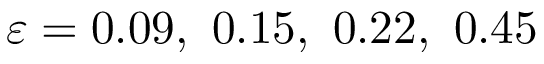
\varepsilon = 0 . 0 9 , \ 0 . 1 5 , \ 0 . 2 2 , \ 0 . 4 5